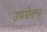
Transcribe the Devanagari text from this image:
उपरोक्त्त